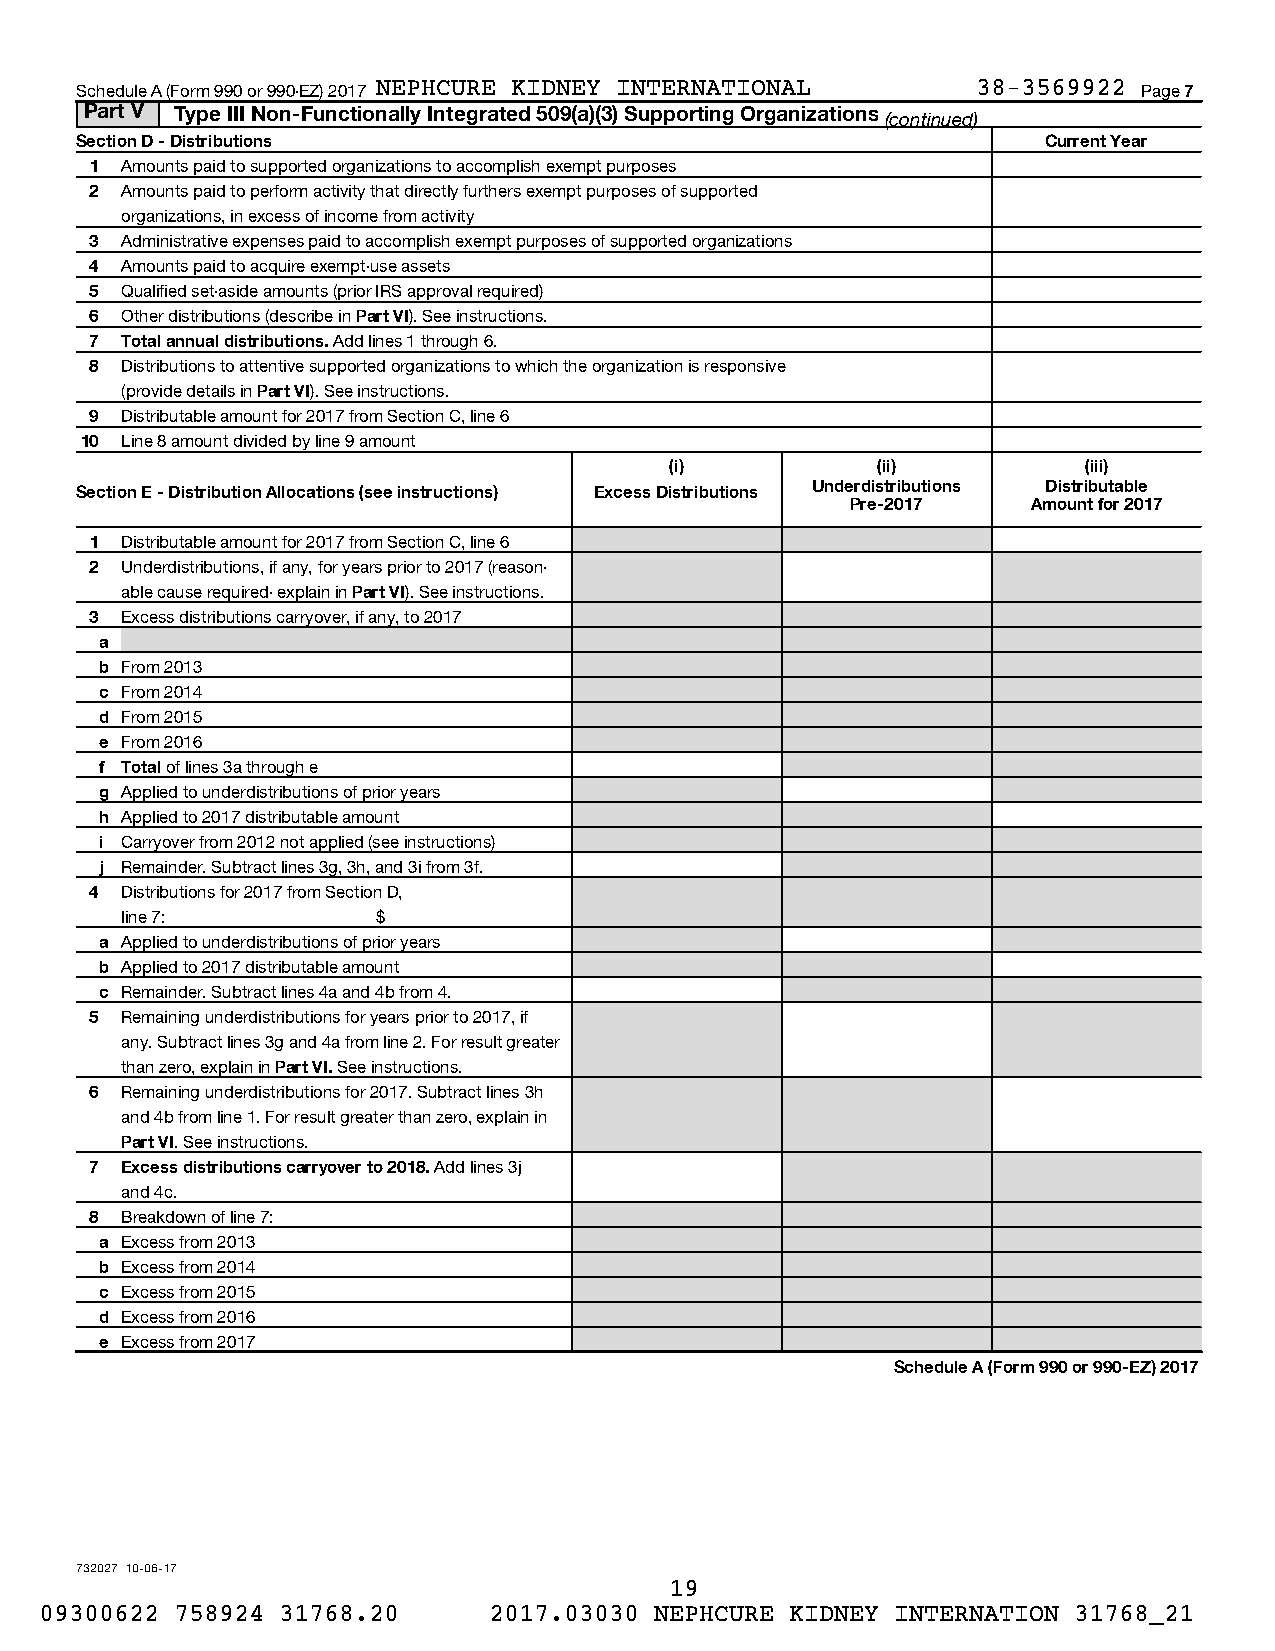
Schedule A (Form 990 or 990-EZ) 2017 NEPHCURE KIDNEY INTERNATIONAL 38-3569922 Page 7
 Part V Type III Non-Functionally Integrated 509(a)(3) Supporting Organizations
 (continued)
 Section D - Distributions                                       Current Year
 1 Amounts paid to supported organizations to accomplish exempt purposes
 2 Amounts paid to perform activity that directly furthers exempt purposes of supported
 organizations, in excess of income from activity
 3 Administrative expenses paid to accomplish exempt purposes of supported organizations
 4 Amounts paid to acquire exempt-use assets
 5 Qualified set-aside amounts (prior IRS approval required)
 6 Other distributions (describe in Part VI). See instructions.
 7 Total annual distributions. Add lines 1 through 6.
 8 Distributions to attentive supported organizations to which the organization is responsive
 (provide details in Part VI). See instructions.
 9 Distributable amount for 2017 from Section C, line 6
 10 Line 8 amount divided by line 9 amount
 (i)           (ii)          (iii)
 Section E - Distribution Allocations (see instructions) Excess Distributions Underdistributions Distributable
 Pre-2017    Amount for 2017
 1 Distributable amount for 2017 from Section C, line 6
 2 Underdistributions, if any, for years prior to 2017 (reason-
 able cause required- explain in Part VI). See instructions.
 3 Excess distributions carryover, if any, to 2017
 a
 b From 2013
 c From 2014
 d From 2015
 e From 2016
 f Total of lines 3a through e
 g Applied to underdistributions of prior years
 h Applied to 2017 distributable amount
 i Carryover from 2012 not applied (see instructions)
 j Remainder. Subtract lines 3g, 3h, and 3i from 3f.
 4 Distributions for 2017 from Section D,
 line 7:          $
 a Applied to underdistributions of prior years
 b Applied to 2017 distributable amount
 c Remainder. Subtract lines 4a and 4b from 4.
 5 Remaining underdistributions for years prior to 2017, if
 any. Subtract lines 3g and 4a from line 2. For result greater
 than zero, explain in Part VI. See instructions.
 6 Remaining underdistributions for 2017. Subtract lines 3h
 and 4b from line 1. For result greater than zero, explain in
 Part VI. See instructions.
 7 Excess distributions carryover to 2018. Add lines 3j
 and 4c.
 8 Breakdown of line 7:
 a Excess from 2013
 b Excess from 2014
 c Excess from 2015
 d Excess from 2016
 e Excess from 2017
 Schedule A (Form 990 or 990-EZ) 2017
 732027 10-06-17
 19
 09300622 758924 31768.20     2017.03030 NEPHCURE KIDNEY INTERNATION 31768_21